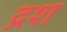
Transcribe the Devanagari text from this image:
द्रश